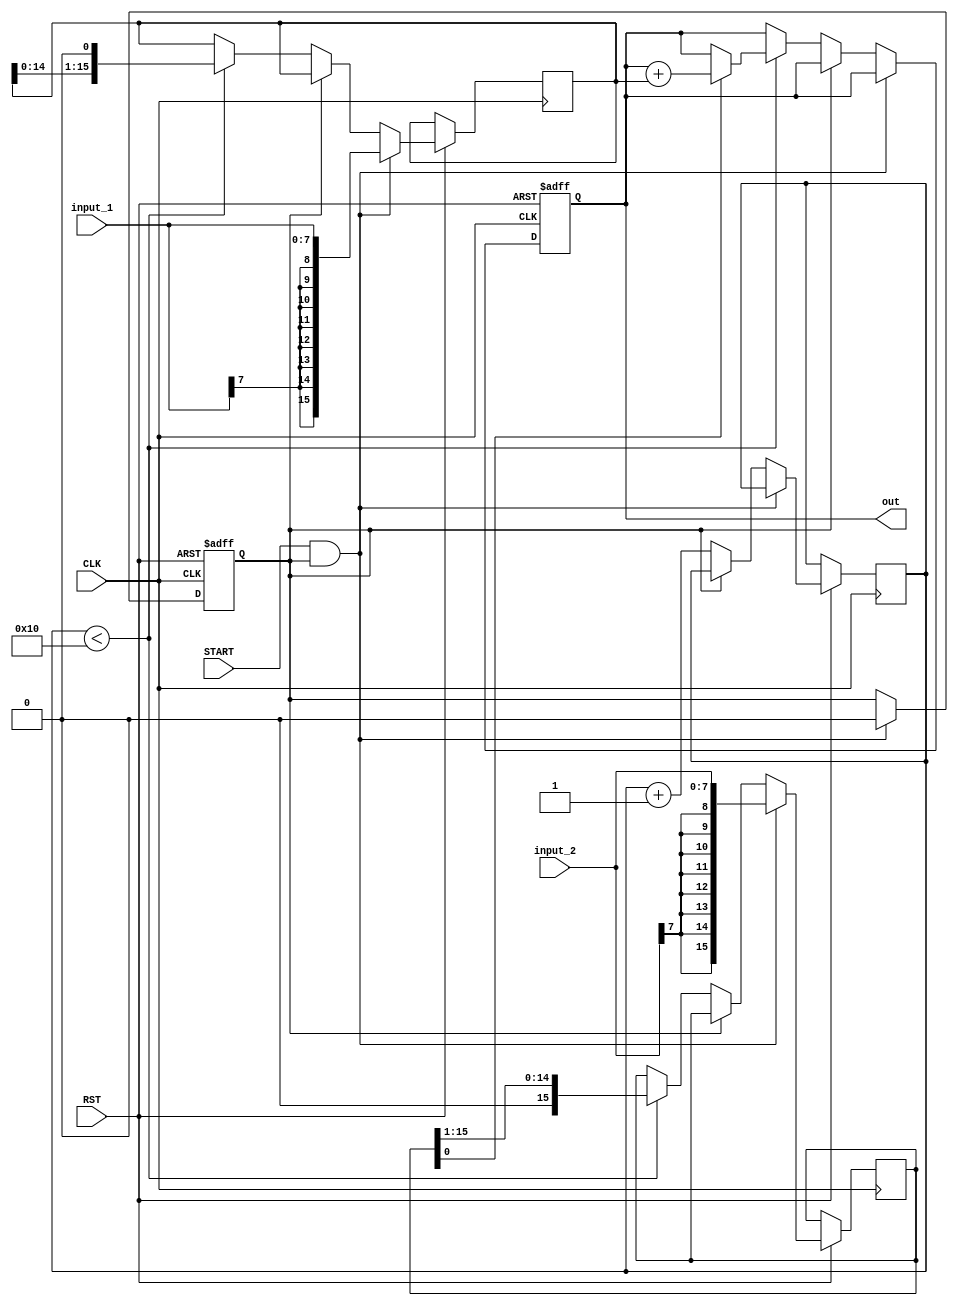
`timescale 1ns / 1ps

module multiplier(input_1, input_2 ,RST, CLK, START, out);

parameter N = 8;
    input [N-1:0]    input_1;
    input [N-1:0]    input_2;
    input            RST;
    input            CLK;
    input            START;
    output reg [2*N-1:0] out;

    reg [2*N-1:0] A = 0;
    reg [2*N-1:0] B = 0;
    reg [4:0]     i = 0;
    reg           done = 1;
always@(posedge CLK or negedge RST)
begin
    if(!RST) begin
        out <= 0;
        done = 1;
 //       A <= {{N{input_1[N-1]}}, input_1};
  //      B <= {{N{input_2[N-1]}}, input_2};
    end    
    else
    begin
        if(START & done)
        begin
            A <= {{N{input_1[N-1]}}, input_1};
            B <= {{N{input_2[N-1]}}, input_2}; 
            done = 0;
        end    
        else
        begin
            if(!done)
            begin
                if(i < 2*N)
                begin     
                    if(B[0])
                    begin
                        out <= out + A;
                    end
                    A = A << 1;
                    B = B >> 1;
                end
                i = i+ 1;
            end
        end
    end
end


endmodule